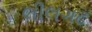
લીલગઢ